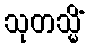
သုတသ္မိံ